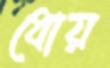
ধোয়